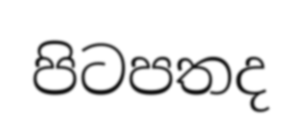
පිටපතද